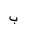
Letter: _ba